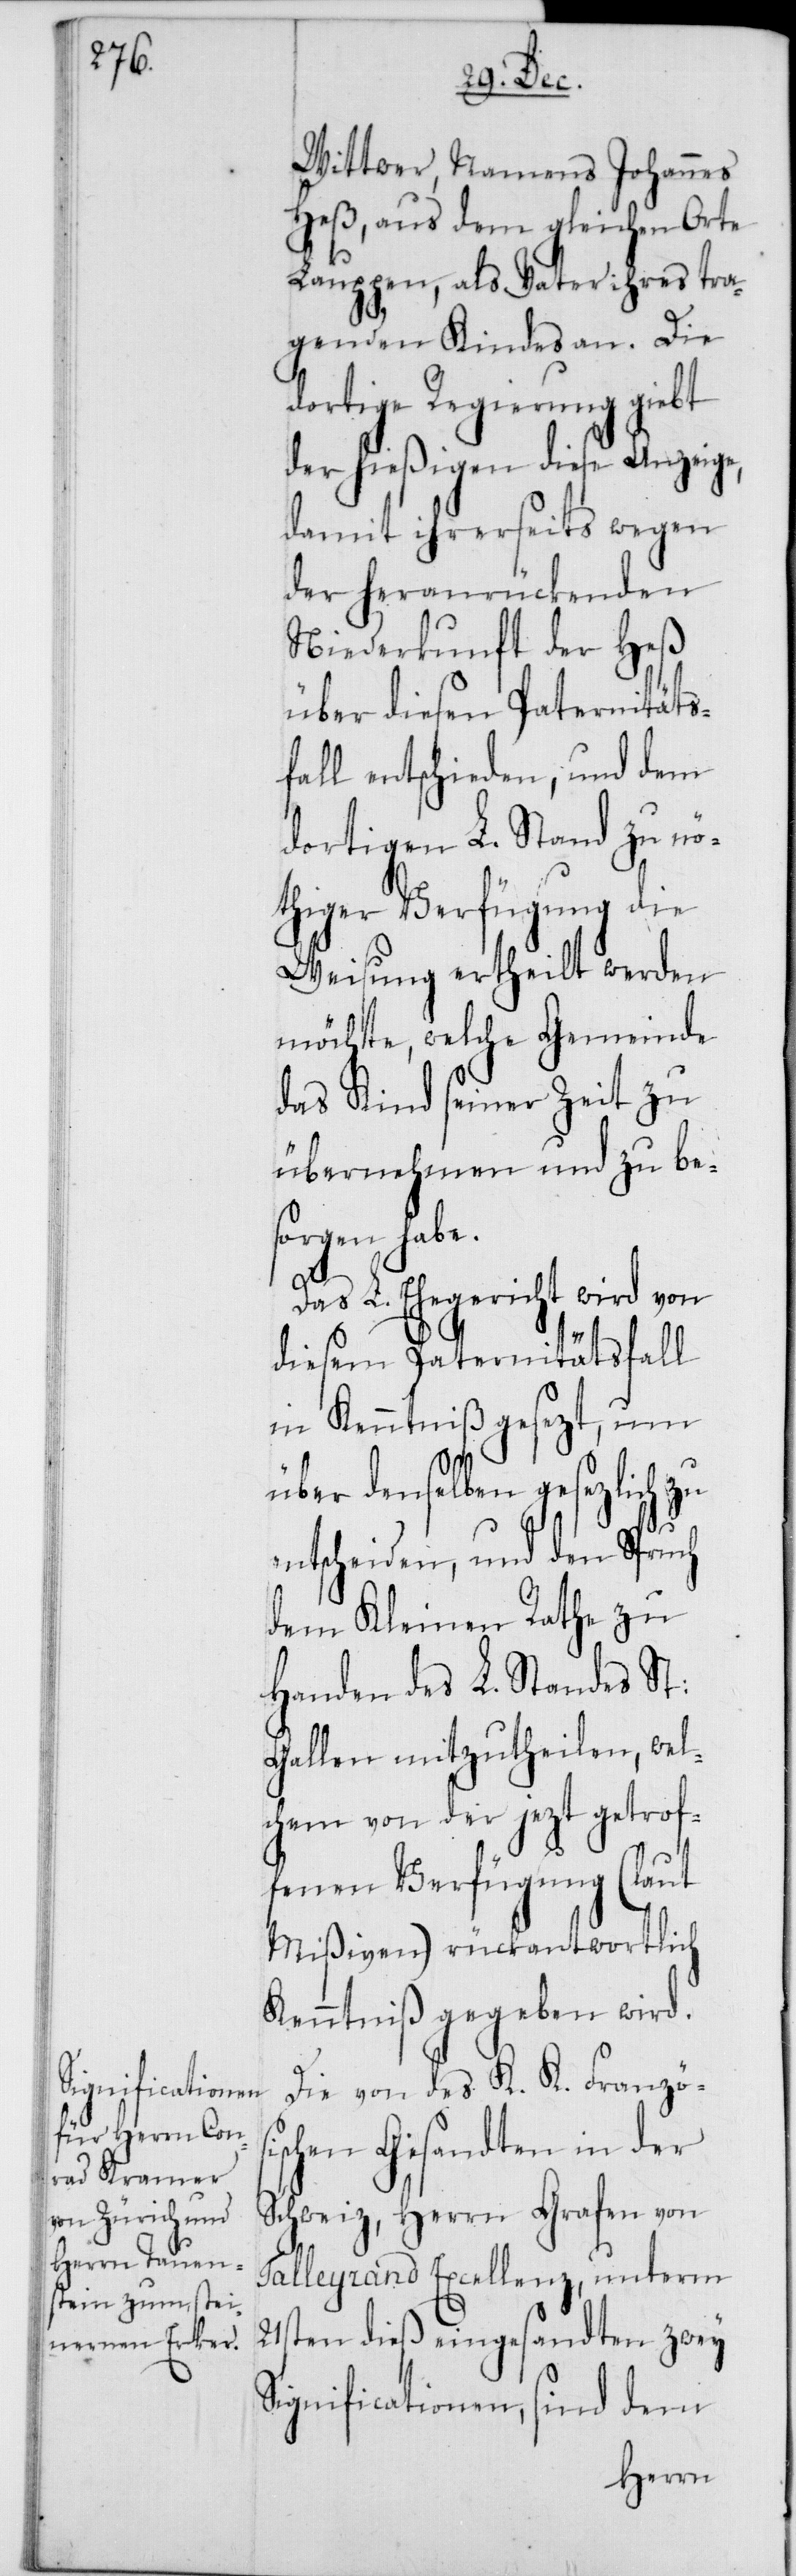
Wittwer, Namens Johannes
Heß, aus dem gleichen Orte
Lauppen, als Vater ihres tra¬
genden Kindes an. Die
dortige Regierung giebt
der hießigen diese Anzeige,
damit ihrerseits wegen
der heranrückenden
Niederkunft der Heß
über diesen Paternitäts¬
fall entschieden, und dem
dortigen L. Stand zu nö¬
thiger Verfügung die
Weisung ertheilt werden
möchte, welche Gemeinde
das Kind seiner Zeit zu
übernehmen und zu be¬
sorgen habe.
Das L. Ehegericht wird von
diesem Paternitätsfall
in Kenntniß gesezt, um
über denselben gesetzlich zu
entscheiden, und den Spruch
dem Kleinen Rathe zu
Handen des L. Standes St:
Gallen mitzutheilen, wel¬
chem von der jezt getrof¬
fenen Verfügung (laut
Mißiven) rückantwortlich
Kenntniß gegeben wird.
Die von des K. K. Französi¬
schen Gesandten in der
Schweiz, Herrn Grafen von
Talleyrand Excellenz, unterm
21sten dieß eingesandten zwey
Significationen, sind dem